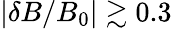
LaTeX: |\delta B/B_{0}|\gtrsim 0.3